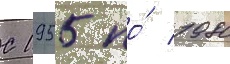
С 1955 по́ 1980